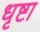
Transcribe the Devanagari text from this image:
धृष्टा